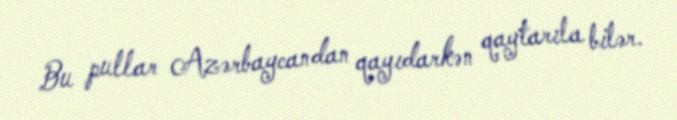
Bu pullar Azərbaycandan qayıdarkən qaytarıla bilər.